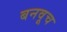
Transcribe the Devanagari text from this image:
बनवूच